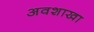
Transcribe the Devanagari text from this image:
अवशाखा